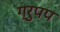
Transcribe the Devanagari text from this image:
ग्रुपप